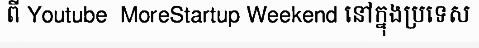
ពី Youtube  MoreStartup Weekend នៅក្នុងប្រទេស